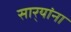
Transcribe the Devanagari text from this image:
सार्‍यांना